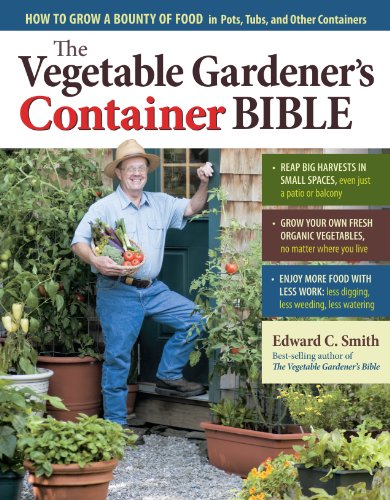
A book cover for The Vegetable Gardener's Container Bible: How to Grow a Bounty of Food in Pots, Tubs, and Other Containers; Edward C. Smith; Crafts, Hobbies & Home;